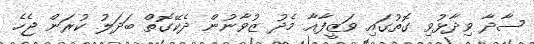
ސާދާ ވިދާޅުވި ގޮތުގައި ވަޒީފާއާ މެދު ޒުވާނުން ދެކޭގޮތް ބަދަލު ކުރަން ޖެހެ